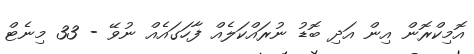
އޮމިކްރޮން އިން އަދި ބޮޑު ނުރައްކަލެއް ފާހަގައެއް ނުވޭ - 33 މިނެޓް